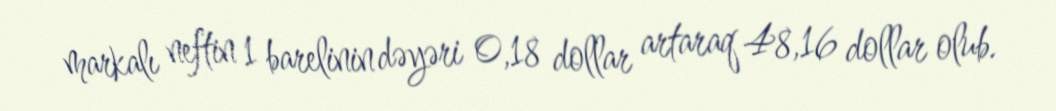
markalı neftin 1 barelinin dəyəri 0,18 dollar artaraq 48,16 dollar olub.